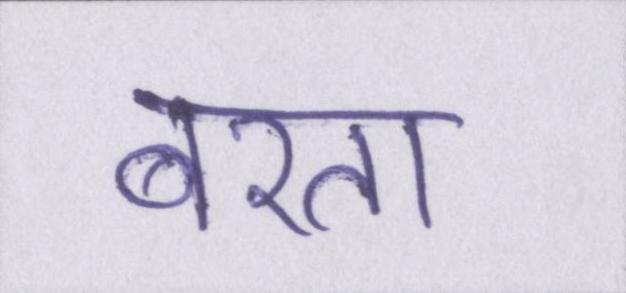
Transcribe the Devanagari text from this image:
बरता